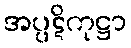
အပ္ပဋိကုဋ္ဌာ